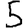
Digit: 5